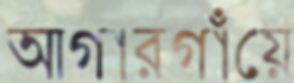
আগারগাঁয়ে